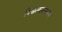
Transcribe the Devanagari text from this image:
विश्वलल्लभाय